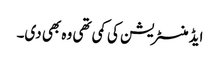
ایڈمنسٹریشن کی کمی تھی وہ بھی دی۔